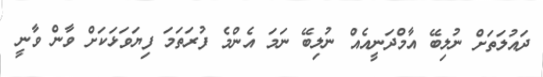
ދައުލަތަށް ނުލިބޭ އާމްދަނީއެއް ނުލިބޭ ނަމަ އެންމެ ފުރަތަމަ ފިޔަވަޅަކަށް ވާން ވާނީ